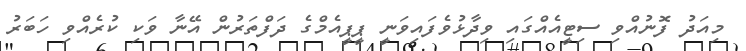
މިއަދު ފޮނުއްވި ސިޓީއެއްގައި ވިދާޅުވެފައިވަނީ ޕީޕީއެމްގެ ދަފްތަރުން އޭނާ ވަކި ކުރެއްވި ހަބަރު